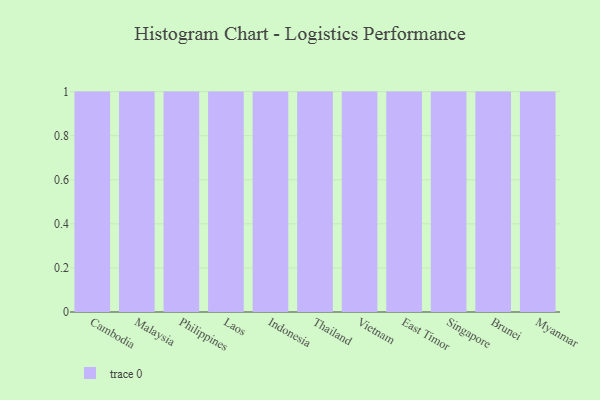
{"axis": {"x": "Country", "y": "Humidity (%)"}, "legend": [""], "data": [{"x": "Cambodia", "y": 76, "type": ""}, {"x": "Malaysia", "y": 37, "type": ""}, {"x": "Philippines", "y": 18, "type": ""}, {"x": "Laos", "y": 75, "type": ""}, {"x": "Indonesia", "y": 10, "type": ""}, {"x": "Thailand", "y": 53, "type": ""}, {"x": "Vietnam", "y": 85, "type": ""}, {"x": "East Timor", "y": 57, "type": ""}, {"x": "Singapore", "y": 88, "type": ""}, {"x": "Brunei", "y": 50, "type": ""}, {"x": "Myanmar", "y": 76, "type": ""}]}